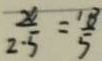
\frac { x } { 2 . 5 } = \frac { 1 8 } { 5 }